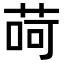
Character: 𦱕